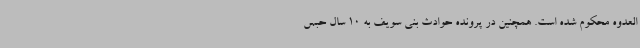
العدوه محکوم شده است. همچنین در پرونده حوادث بنی سویف به 10 سال حبس